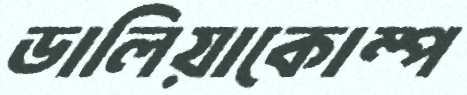
ডালিয়াকোম্প